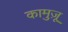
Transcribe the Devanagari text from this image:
कामुज़ू